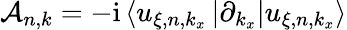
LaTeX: \mathcal{A}_{n,k}=-\mathrm{i}\left<u_{\xi,n,k_{x}}\vphantom{\partial_{k_{x}}}\vphantom{u_{\xi,n,k_{x}}}\left|\partial_{k_{x}}\vphantom{u_{\xi,n,k_{x}}}\vphantom{u_{\xi,n,k_{x}}}\right|u_{\xi,n,k_{x}}\vphantom{u_{\xi,n,k_{x}}}\vphantom{\partial_{k_{x}}}\right>